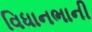
વિધાનભાની